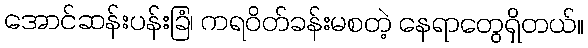
အောင်ဆန်းပန်းခြံ၊ ကရဝိတ်ခန်းမစတဲ့ နေရာတွေရှိတယ်။